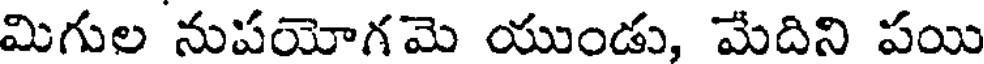
మిగుల నుపయోగమె యుండు, మేదిని పయి